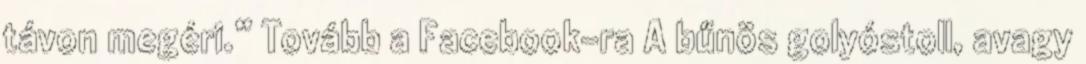
távon megéri.” Tovább a Facebook-ra A bűnös golyóstoll, avagy